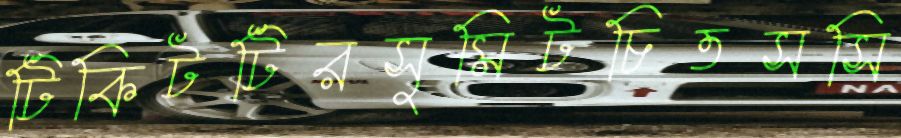
টিকিটটিরসুমিটচিতসসি